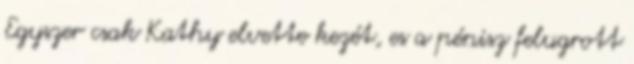
Egyszer csak Kathy elvette kezét, es a pénisz felugrott